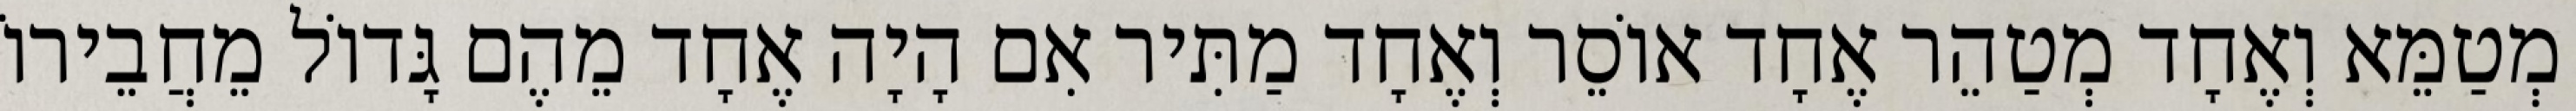
מְטַמֵּא וְאֶחָד מְטַהֵר אֶחָד אוֹסֵר וְאֶחָד מַתִּיר אִם הָיָה אֶחָד מֵהֶם גָּדוֹל מֵחֲבֵירוֹ